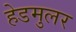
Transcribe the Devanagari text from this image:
हेडमुलर